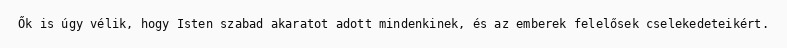
Ők is úgy vélik, hogy Isten szabad akaratot adott mindenkinek, és az emberek felelősek cselekedeteikért.